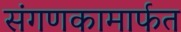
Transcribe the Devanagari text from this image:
संगणकामार्फत